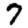
Digit: 7